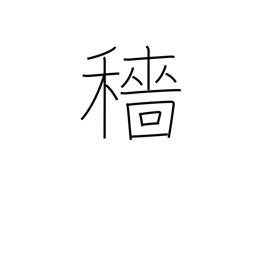
Meaning: harvest